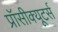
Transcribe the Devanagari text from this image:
प्रॉसीक्यूटर्स